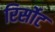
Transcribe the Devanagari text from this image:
रिर्सोट